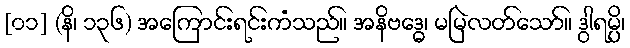
[၀၁] (နိ၊ ၁၃၆) အကြောင်းရင်းကံသည်။ အနိဗဒ္ဓေ၊ မမြဲလတ်သော်။ ဒွါရမ္ပိ၊